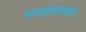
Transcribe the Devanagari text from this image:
मराठवाडयासाठी